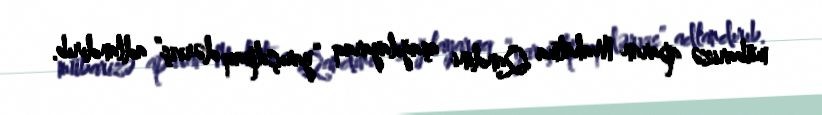
mübarizə aparan Mahatma Qandini aşağılayaraq “yarıçılpaq dərviş” adlandırıb.